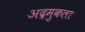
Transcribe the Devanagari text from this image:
अद्रमुकला